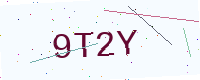
Text: 9T2Y